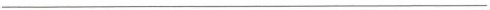
___